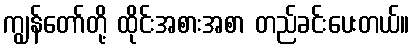
ကျွန်တော်တို့ ထိုင်းအစားအစာ တည်ခင်းပေးတယ်။